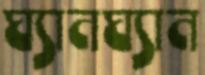
ঘ্যানঘ্যান